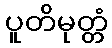
ပူတိမုတ္တံ